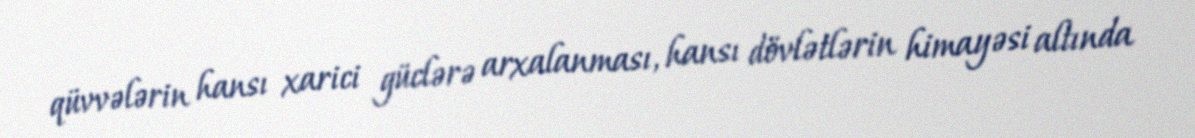
qüvvələrin hansı xarici güclərə arxalanması, hansı dövlətlərin himayəsi altında